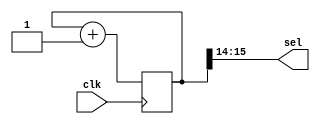
`timescale 1ns / 1ps
//////////////////////////////////////////////////////////////////////////////////
// Company: 
// Engineer: 
// 
// Design Name: 
// Module Name: cnt_4digs
// Project Name: 
// Target Devices: 
// Tool Versions: 
// Description: 
// 
// Dependencies: 
// 
// Revision:
// Revision 0.01 - File Created
// Additional Comments:
// 
//////////////////////////////////////////////////////////////////////////////////


module cnt_4digs(

        input clk,
        output [1:0] sel
        
    );
    
    reg [15:0] cntbig;
    
    always @(posedge clk)
        begin
            cntbig <= cntbig + 1;
        end
        
    assign sel = cntbig[15:14];
    
    
endmodule